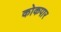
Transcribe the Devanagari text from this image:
कोकपार